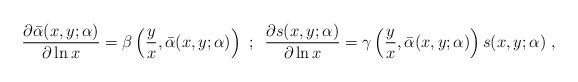
\begin{align*}\frac{\partial\bar\alpha(x,y;\alpha)}{\partial\ln x}=\beta\left(\frac{y}{x},\bar\alpha(x,y;\alpha)\right)\,\,;\,\,\,\frac{\partial s(x,y;\alpha)}{\partial\ln x}=\gamma\left(\frac{y}{x},\bar\alpha(x,y;\alpha)\right)s(x,y;\alpha)~,\end{align*}